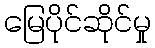
မြေပိုင်ဆိုင်မှု